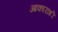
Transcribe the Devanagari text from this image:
आकारांशी